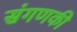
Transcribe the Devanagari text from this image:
संगणकी